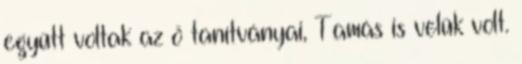
együtt voltak az ő tanítványai, Tamás is velük volt.